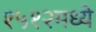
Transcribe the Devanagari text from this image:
१५१२मध्ये